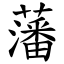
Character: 藩